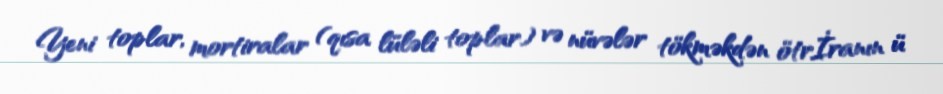
Yeni toplar, mortiralar (qısa lüləli toplar) və nüvələr tökməkdən ötrİranın ü